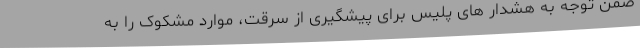
ضمن توجه به هشدار های پلیس برای پیشگیری از سرقت، موارد مشکوک را به